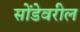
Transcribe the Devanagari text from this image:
सोंडेवरील